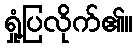
ရှုံ့ပြလိုက်၏။